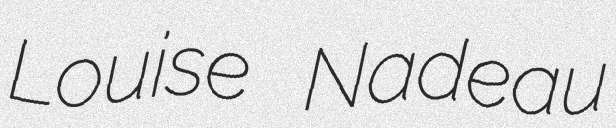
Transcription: Louise Nadeau